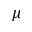
\mu